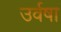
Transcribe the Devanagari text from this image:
उर्वषा